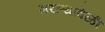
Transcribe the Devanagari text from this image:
भरल्यावेळीं